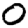
Digit: 0